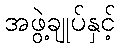
အဖွဲ့ချုပ်နှင့်